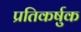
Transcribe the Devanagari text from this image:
प्रतिकर्षुक